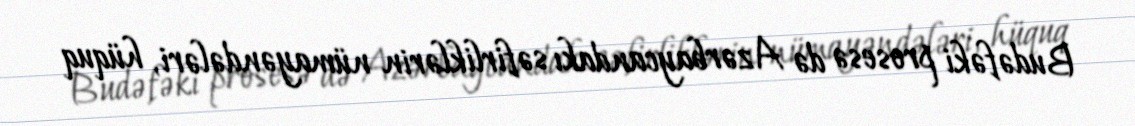
Budəfəki prosesə də Azərbaycandakı səfirliklərin nümayəndələri, hüquq